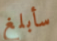
سأبلغ